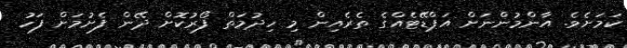
ކަމަށެވެ. އާންމުންނަށް އަޕްޑޭޓެއްގެ ތެރެއިން މި ހިދުމަތް ފޯރުކޮށް ދޭން ފެށުމަށް ފަހު